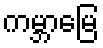
ကမ္ဘာမြေ